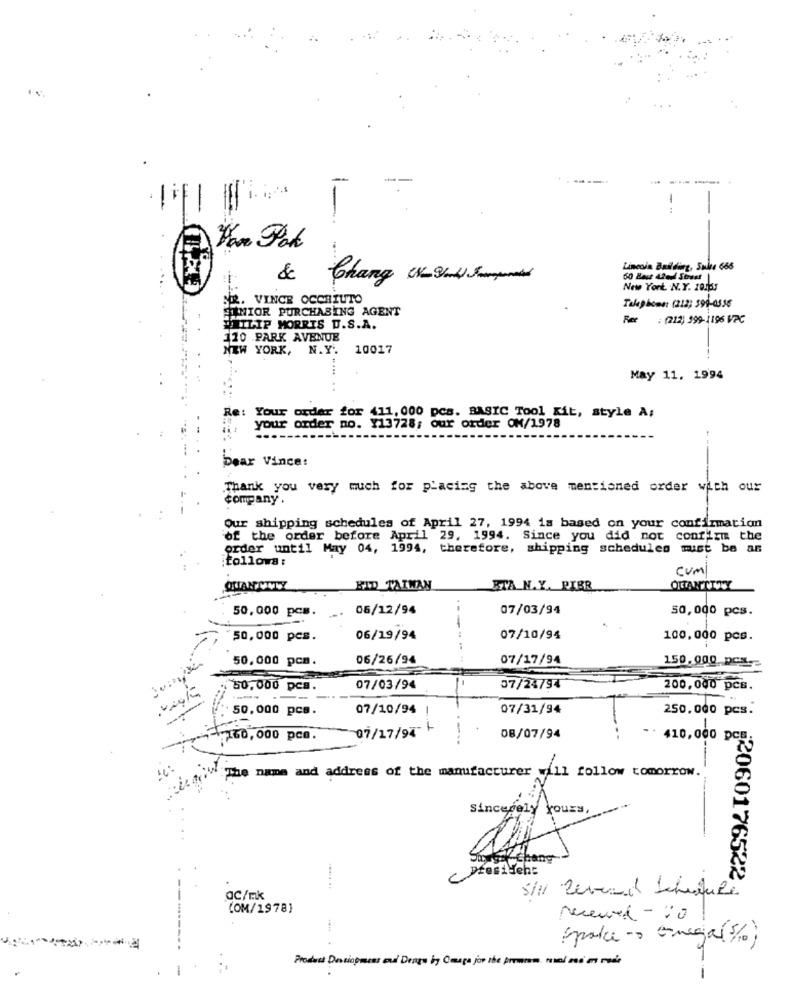
-
------
1-
War Pok
Lincoln Building, Sulle 666
&
Chang Cx-3/4) med
50 Base 42eul Street
New Yort. N.Y. 201ps
NR. VINCE OCCHIUTO
MIOR PURCHASING AGENT
Telephone: (212; 599-0336
: (212) 399-1196 VPC
WIRILIP MORRIS D.S.A.
110 PARK AVENUE
NEW YORK, N.Y. 10017
May 11. 1994
Re: Your order for 411,000 pcs. BASIC Tool Kit, style A;
your order no. 113728; our order ON/1978
Dear Vince:
Thank you very much for placing the above mentioned order with our
company.
Our shipping schedules of April 27, 1994 is based on your confirmation
of the order before April 29, 1994. Since you did not confirm the
order until May 04, 1994, therefore, shipping schedules must be an
follows :
cumI
QUIANCIVW
KID TAIWAN
BTA N.Y. PIBR
QUANTITY
06/12/94
07/03/94
50,000 pcs.
50,000 pcs.
50,000 pcs.
06/19/94
07/10/94
100,000 pcs.
50,000 pcm.
06/26/94
07/17/94
150.000. DCS-
50,000 pcs.
07/03/94
07/24794
200,000 pcs.
50,000 pcs.
07/10/94 !
07/31/94
250.000 pcs.
07/17/97 +
.-
160,000 pce.
08/07/94
410,000 pcs.
The name and address of the manufacturer will follow tomorrow.
sincerely yours,
ano
PtosiHehe
:2060176522
QC/mk
S/l Revend Schedule
(OM/1978]
Never - 10
(parce - Encaja (%)
Product Dastiopmens cui Dengu ing Cmaga jor the promman. mol ms m rode